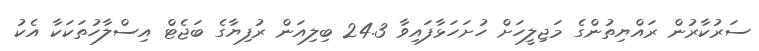
ސަރުކާރުން ރައްޔިތުންގެ މަޖިލީހަށް ހުށަހަޅާފައިވާ 24.3 ބިލިއަން ރުފިޔާގެ ބަޖެޓް އިސްލާހުތަކަކާ އެކު